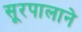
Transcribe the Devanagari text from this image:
सूरपालाने